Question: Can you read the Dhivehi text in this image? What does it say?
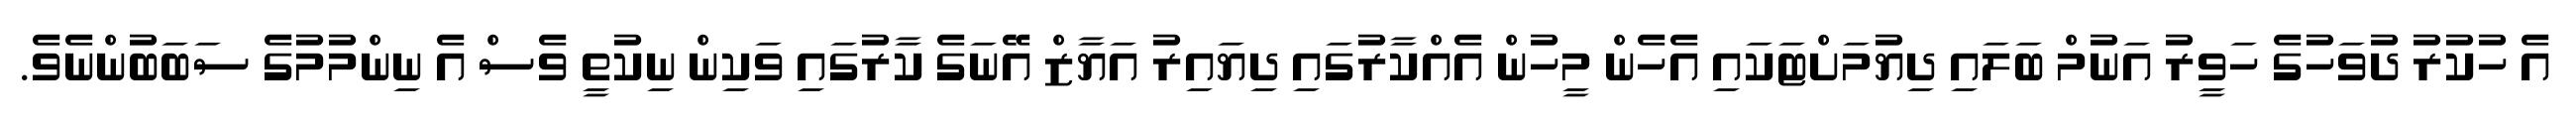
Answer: އެ ހުކުރު ދުވަހުގެ ހަވީރު އަނުމް ބަލައި ދިޔުމަށްޓަކައި އެހެން މީހުން އެއްކާރުގައި ދިޔައިރު އަޔާޒް އޭނަގެ ކާރުގައި ވަކިން ނިކުތީ ވެސް އެ ނިންމުމުގެ ސަބަބުންނެވެ.